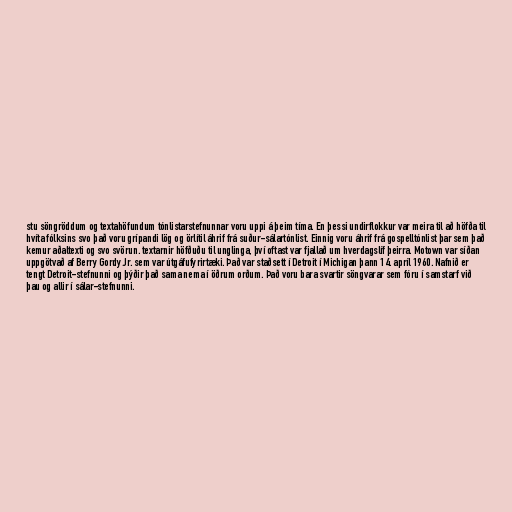
stu söngröddum og textahöfundum tónlistarstefnunnar voru uppi á þeim tíma. En þessi undirflokkur var meira til að höfða til
hvíta fólksins svo það voru grípandi lög og örlítil áhrif frá suður-sálartónlist. Einnig voru áhrif frá gospelltónlist þar sem það
kemur aðaltexti og svo svörun. textarnir höfðuðu til unglinga, því oftast var fjallað um hverdagslíf þeirra. Motown var síðan
uppgötvað af Berry Gordy Jr. sem var útgáfufyrirtæki. Það var staðsett í Detroit í Michigan þann 14. apríl 1960. Nafnið er
tengt Detroit-stefnunni og þýðir það sama nema í öðrum orðum. Það voru bara svartir söngvarar sem fóru í samstarf við
þau og allir í sálar-stefnunni.